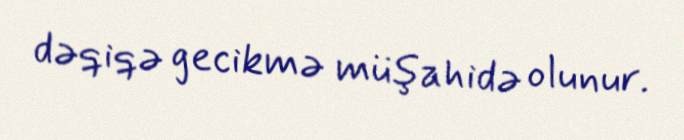
dəqiqə gecikmə müşahidə olunur.